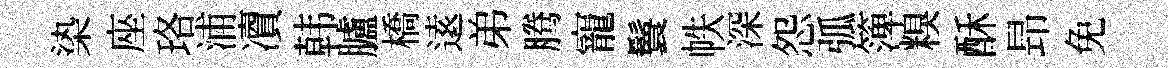
𣑱座珞浦凟韩臚橋逺弟腾寵鬟帙深怨弧𥱼糗酥昻免